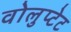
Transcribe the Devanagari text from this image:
वोलुप्टेट